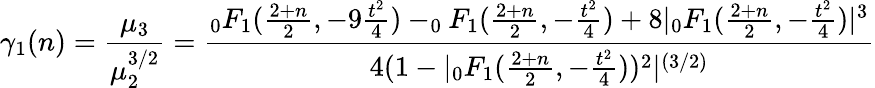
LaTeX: \gamma_{1}(n)={\frac{\mu_{3}}{\mu_{2}^{3/2}}}={\frac{_{0}F_{1}({\frac{2+n}{2}},-9{\frac{t^{2}}{4}})-_{0}F_{1}({\frac{2+n}{2}},-{\frac{t^{2}}{4}})+8|_{0}F_{1}({\frac{2+n}{2}},-{\frac{t^{2}}{4}})|^{3}}{4(1-|_{0}F_{1}({\frac{2+n}{2}},-{\frac{t^{2}}{4}}))^{2}|^{(3/2)}}}